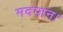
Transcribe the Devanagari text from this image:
मदपान।